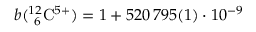
b ( { } _ { ~ 6 } ^ { 1 2 } \mathrm { C } ^ { 5 + } ) = 1 + 5 2 0 \, 7 9 5 ( 1 ) \cdot 1 0 ^ { - 9 }